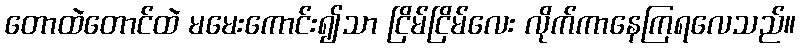
တောထဲတောင်ထဲ မမေးကောင်း၍သာ ငြိမ်ငြိမ်လေး လိုက်ကာနေကြရလေသည်။